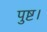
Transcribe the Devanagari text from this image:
पुष्ट।